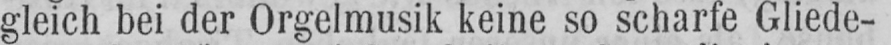
gleich bei der Orgelmusik keine so scharfe Gliede-